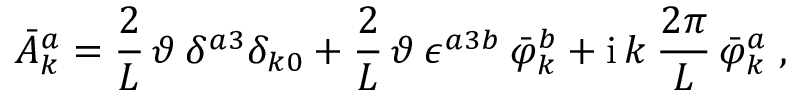
\bar { A } _ { k } ^ { a } = \frac { 2 } { L } \, \vartheta \: \delta ^ { a 3 } \delta _ { k 0 } + \frac { 2 } { L } \, \vartheta \: \epsilon ^ { a 3 b } \: \bar { \varphi } _ { k } ^ { b } + \mathrm { i } \, k \: \frac { 2 \pi } { L } \, \bar { \varphi } _ { k } ^ { a } \; ,